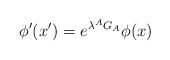
LaTeX: \begin{align*}\phi ^{\prime }(x^{\prime })=e^{\lambda ^{A}G_{A}}\phi (x)\end{align*}